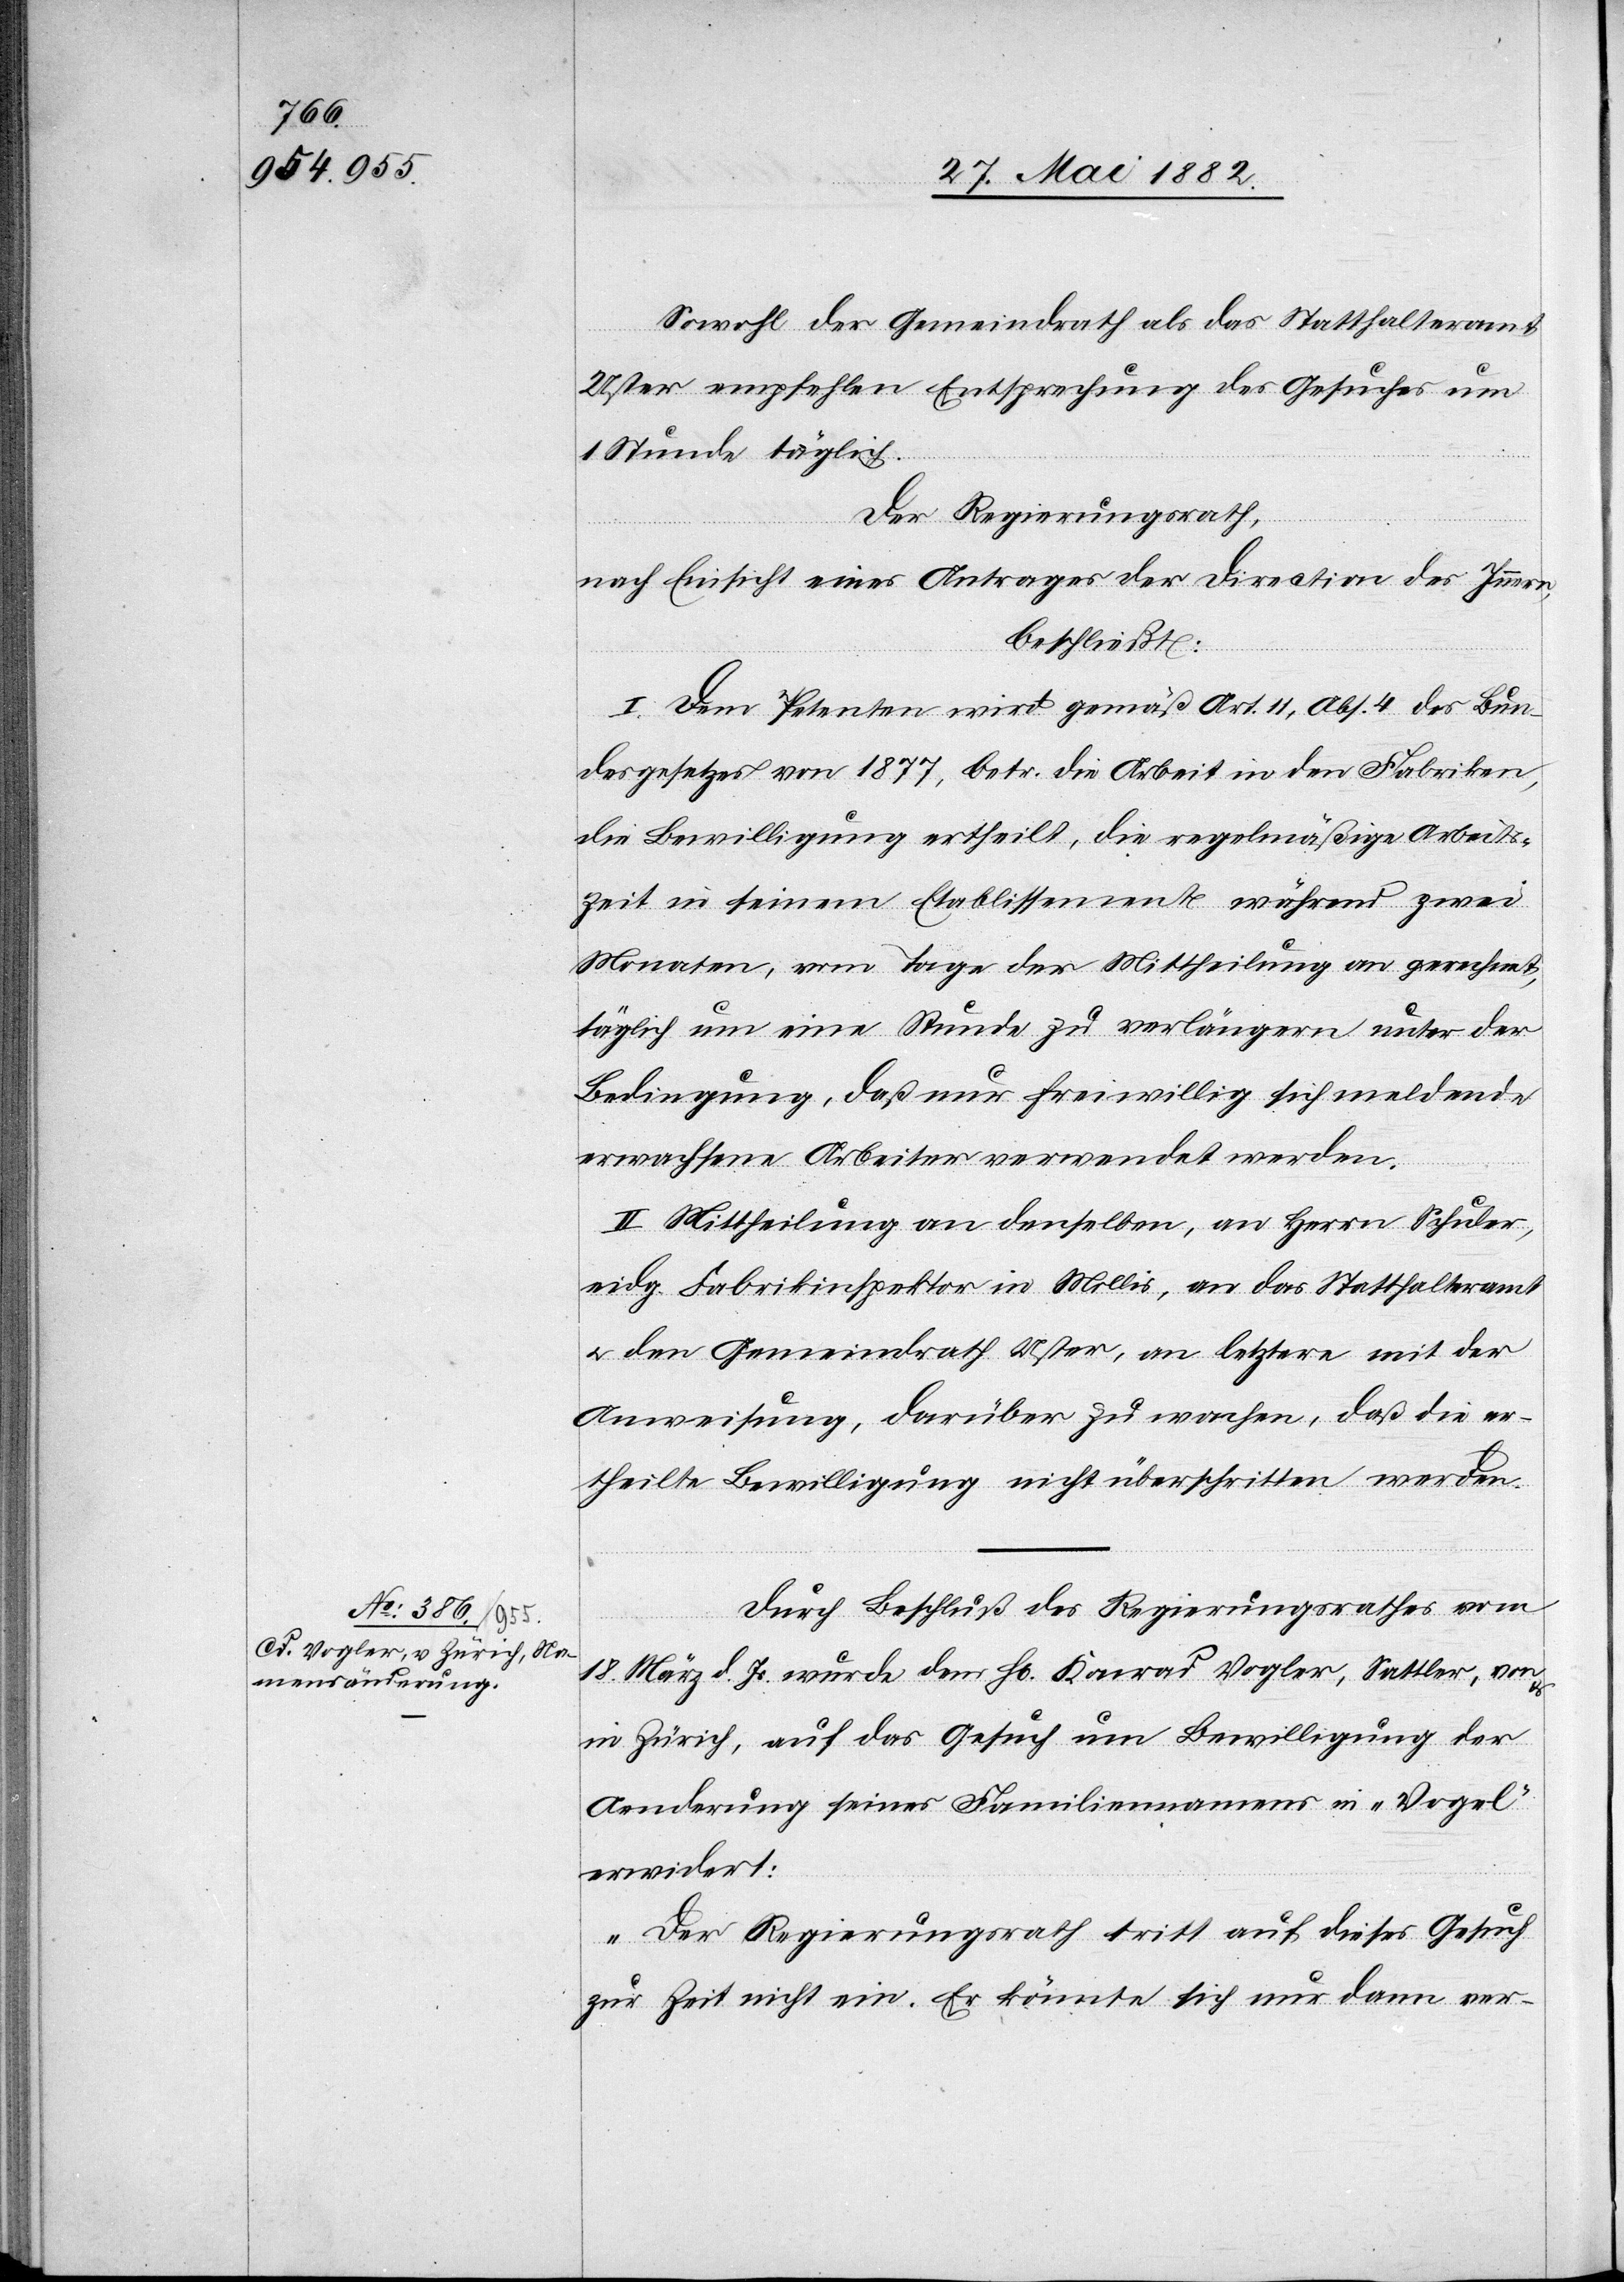
Sowol der Gemeindrath als das Statthalteramt
Uster empfehlen Entsprechung des Gesuches um
1 Stunde täglich.
Der Regierungsrath,
nach Einsicht eines Antrages der Direction des Innern,
beschließt:
I. Dem Petenten wird gemäß Art. 11, Abs. 4 des Bun¬
desgesetzes vom 1877, betr. die Arbeit in den Fabriken,
die Bewilligung ertheilt, die regelmäßige Arbeits¬
zeit in seinem Etablissement während zwei
Monaten, vom Tage der Mittheilung an gerechnet,
täglich um eine Stunde zu verlängern, unter der
Bedingung, daß nur freiwillig sich meldende
erwachsene Arbeiter verwendet werden.
II. Mittheilung an denselben, an Herrn Schuler,
eidg. Fabrikinspektor in Mollis, an das Statthalteramt
u. den Gemeindrath Uster, an letztere mit der
Anweisung, darüber zu wachen, daß die er¬
theilte Bewilligung nicht überschritten werde.
Durch Beschluß des Regierungsrathes vom
18. März d. Js. wurde dem H[rn]. Konrad [sic!] Vogler, Sattler, von
in Zürich, auf das Gesuch um Bewilligung der
Aenderung seines Familiennamens in „Vogel“
erwidert:
„Der Regierungsrath tritt auf dieses Gesuch
zur Zeit nicht ein. Er könnte sich nur dann ver-